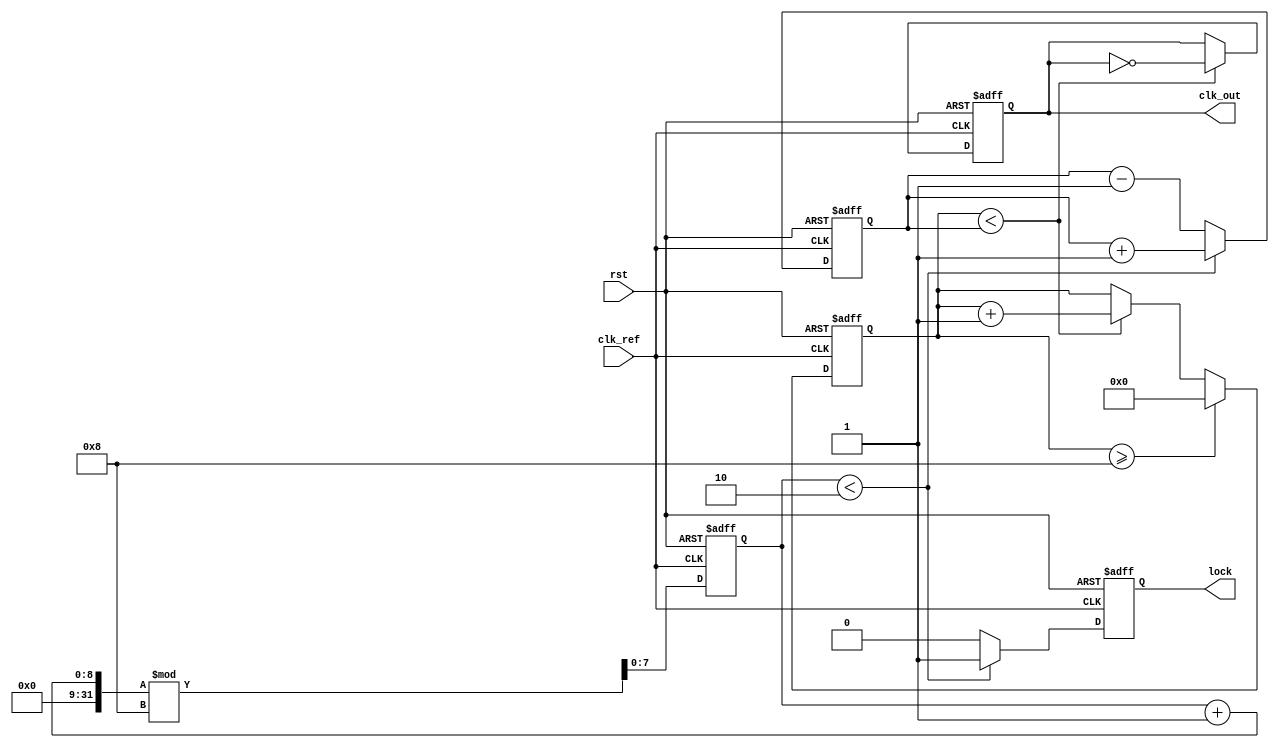
module linear_pll(
    input wire clk_ref,          // Reference Clock Input
    input wire rst,              // Active High Reset
    output reg clk_out,          // Output Clock
    output reg lock              // Lock indicator
);

// Parameters
parameter NUM_TICKS = 8;        // Number of ticks for VCO simulation
parameter THRESHOLD_LOCK = 2;   // Phase error threshold for lock detection

// Registers
reg [NUM_TICKS-1:0] phase_error; // Phase error signal
reg [NUM_TICKS-1:0] control_voltage; // Output from Loop Filter
reg [3:0] vco_count;             // VCO counter
reg [NUM_TICKS-1:0] vco_output;   // VCO output

// Phase Detector (PD)
// Simply compares the rising edges of the reference clock and the feedback clock
always @(posedge clk_ref or posedge rst) begin
    if (rst) begin
        phase_error <= 0;
    end else begin
        phase_error <= (phase_error + 1) % NUM_TICKS; // Increment phase error
    end
end

// Loop Filter (LF)
// Simple proportional control for filtering phase error
always @(posedge clk_ref or posedge rst) begin
    if (rst) begin
        control_voltage <= 0;
    end else begin
        // Example proportional control
        if (phase_error < THRESHOLD_LOCK) 
            control_voltage <= control_voltage + 1; // Increase control voltage
        else
            control_voltage <= control_voltage - 1; // Decrease control voltage
    end
end

// Voltage-Controlled Oscillator (VCO)
// Generates clock output based on control voltage
always @(posedge clk_ref or posedge rst) begin
    if (rst) begin
        vco_count <= 0;
        clk_out <= 0;
    end else begin
        // VCO output frequency determined by control voltage
        if (vco_count < control_voltage) begin
            clk_out <= ~clk_out; // Toggle output clock
            vco_count <= vco_count + 1;
        end

        // Reset VCO counter when it exceeds NUM_TICKS
        if (vco_count >= NUM_TICKS)
            vco_count <= 0;
    end
end

// Lock Detection
always @(posedge clk_ref or posedge rst) begin
    if (rst) begin
        lock <= 0;
    end else begin
        // Set lock if phase error is within threshold
        if (phase_error < THRESHOLD_LOCK)
            lock <= 1; // Lock achieved
        else
            lock <= 0; // Not locked
    end
end

endmodule